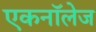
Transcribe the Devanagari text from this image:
एकनॉलेज